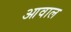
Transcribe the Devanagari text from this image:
आवाल